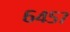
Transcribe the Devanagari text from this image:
६४५७